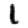
Digit: 1